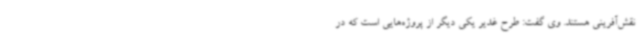
نقش‌آفرینی هستند. وی گفت: طرح غدیر یکی دیگر از پروژه‌هایی است که در